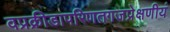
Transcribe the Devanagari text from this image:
वप्रक्रीडापरिणतगजप्रेक्षणीयं